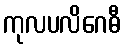
ကုလပလိဂေဓီ